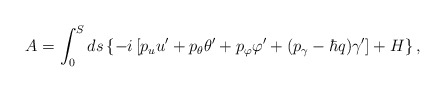
\begin{align*}A=\int_0^Sds\left\{ -i\left[ p_uu^{\prime }+p_\theta \theta^{\prime }+p_\varphi \varphi ^{\prime }+(p_\gamma -\hbar q)\gamma ^{\prime}\right] +H\right\} ,\end{align*}